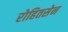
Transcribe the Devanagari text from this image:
रोहितसेन